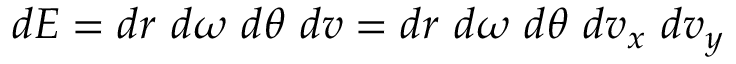
d E = d r \ d \omega \ d \theta \ d \boldsymbol { v } = d r \ d \omega \ d \theta \ d v _ { x } \ d v _ { y }